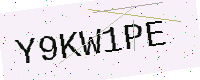
Text: Y9KW1PE